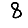
Digit: 8